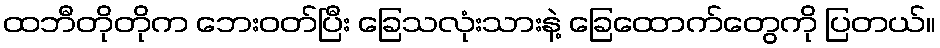
ထဘီတိုတိုက ဘေးဝတ်ပြီး ခြေသလုံးသားနဲ့ ခြေထောက်တွေကို ပြတယ်။